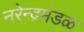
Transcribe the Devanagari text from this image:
नरेन्द्रमंडळ